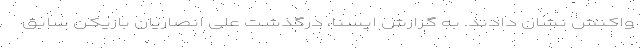
واکنش نشان دادند. به گزارش ایسنا، درگذشت علی انصاریان بازیکن سابق